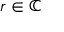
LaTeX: r \in \mathbb { C }